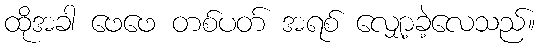
ထိုအခါ ဖေဖေ တစ်ပတ် အရစ် လျှော့ခဲ့လေသည်။